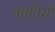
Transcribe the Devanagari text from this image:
कापियाँ